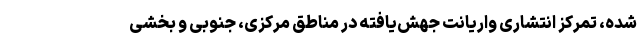
شده، ‌تمرکز انتشاری واریانت جهش‌یافته در مناطق مرکزی، جنوبی و بخشی